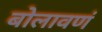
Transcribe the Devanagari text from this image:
बोलावणं